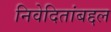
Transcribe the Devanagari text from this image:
निवेदितांबद्दल